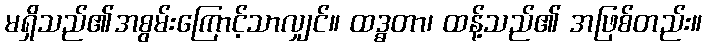
မရှိသည်၏အစွမ်းကြောင့်သာလျှင်။ ထဒ္ဓတာ၊ ထန့်သည်၏ အဖြစ်တည်း။